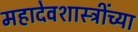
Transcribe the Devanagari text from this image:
महादेवशास्त्रींच्या